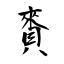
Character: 賚